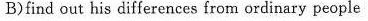
B)find out his differences from ordinary people